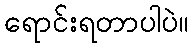
ရောင်းရတာပါပဲ။